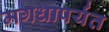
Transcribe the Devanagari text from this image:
मगधापर्यंत